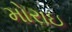
મોરાઇ